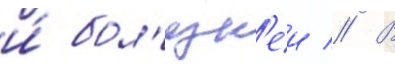
и́ бол'езн'еи // В